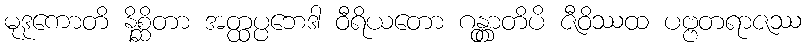
မုဒုကောတိ နိစ္ဆိတာ အတ္ထပ္ပဘေဒါ ဝီရိယတော ဂန္တွာတိပိ ဇီဝိဿထ ပဗ္ဗတရာဇဿ